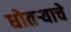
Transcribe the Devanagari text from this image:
धोतर्‍याचे